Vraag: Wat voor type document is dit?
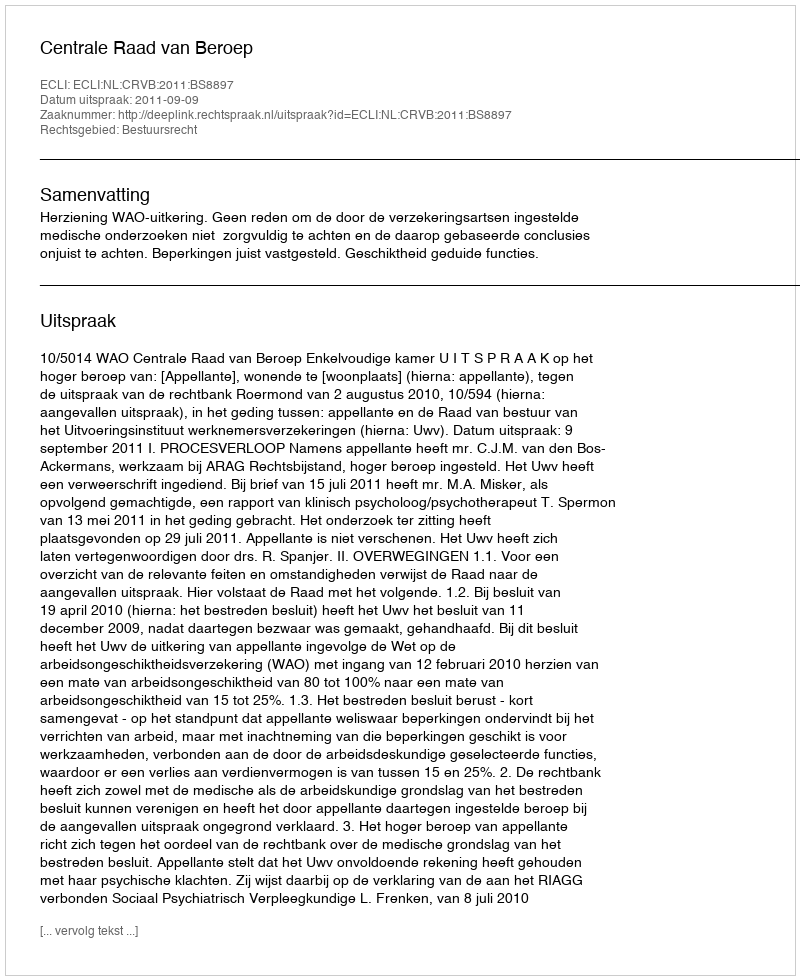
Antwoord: Uitspraak